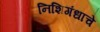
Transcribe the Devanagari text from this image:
निशिगंधाचे